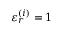
\varepsilon _ { r } ^ { ( i ) } = 1